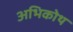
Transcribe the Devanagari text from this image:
अभिकोथ